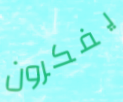
يفكرون